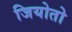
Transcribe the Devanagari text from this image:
जियोतो